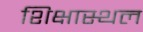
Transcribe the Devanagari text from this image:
शिक्षास्थल